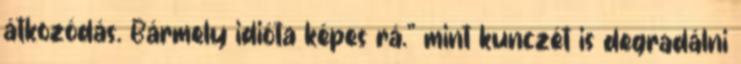
átkozódás. Bármely idióta képes rá.” mint kunczét is degradálni